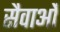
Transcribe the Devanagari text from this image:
सैवाओं